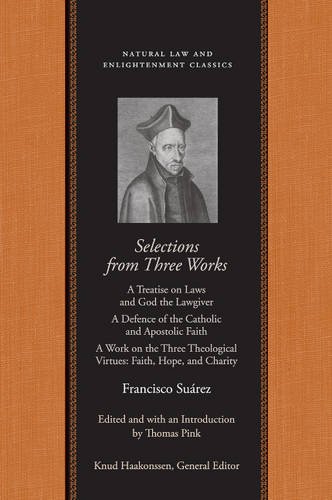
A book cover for Selections from Three Works of Francisco Suarez, S. J. (Natural Law Paper); Francisco Suarez; Christian Books & Bibles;